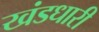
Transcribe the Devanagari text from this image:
खंडधारी